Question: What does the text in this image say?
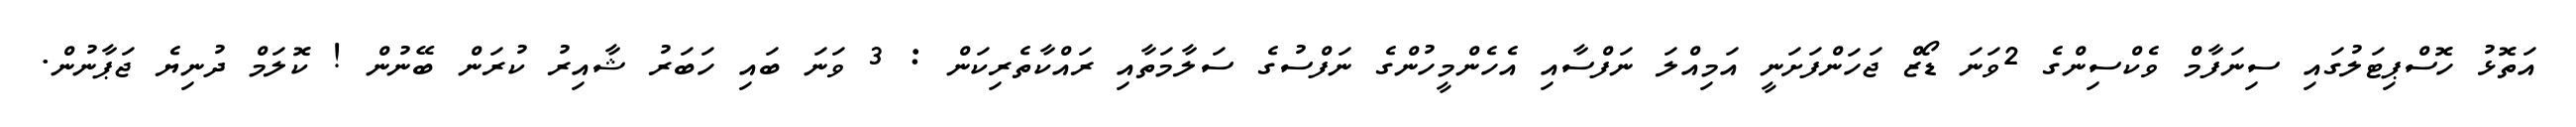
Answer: އަތޮޅު ހޮސްޕިޓަލުގައި ސިނަފާމް ވެކްސިންގެ 2ވަނަ ޑޯޒް ޖަހަންފަށަނީ އަމިއްލަ ނަފްސާއި އެހެންމީހުންގެ ނަފްސުގެ ސަލާމަތާއި ރައްކާތެރިކަން : 3 ވަނަ ބައި ހަބަރު ޝާއިރު ކުރަން ބޭނުން ! ކޮލަމް ދުނިޔެ ޖަޕާނުން.